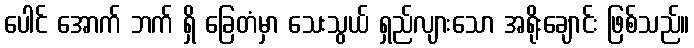
ပေါင် အောက် ဘက် ရှိ ခြေတံမှာ သေးသွယ် ရှည်လျားသော အရိုးချောင်း ဖြစ်သည်။